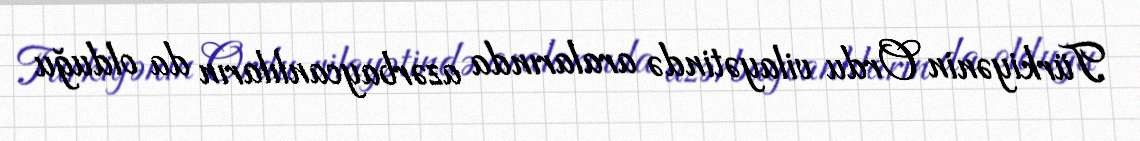
Türkiyənin Ordu vilayətində aralarında azərbaycanlıların da olduğu